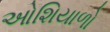
ઓશિયાળો